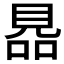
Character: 𧠮